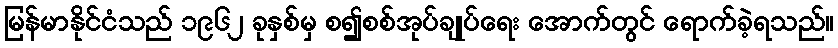
မြန်မာနိုင်ငံသည် ၁၉၆၂ ခုနှစ်မှ စ၍စစ်အုပ်ချုပ်ရေး အောက်တွင် ရောက်ခဲ့ရသည်။